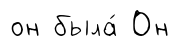
он была́ Он